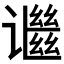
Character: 𬤬